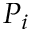
P _ { i }